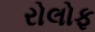
રોલોફ